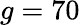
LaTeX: g=70